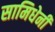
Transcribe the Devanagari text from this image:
सामिधेनी